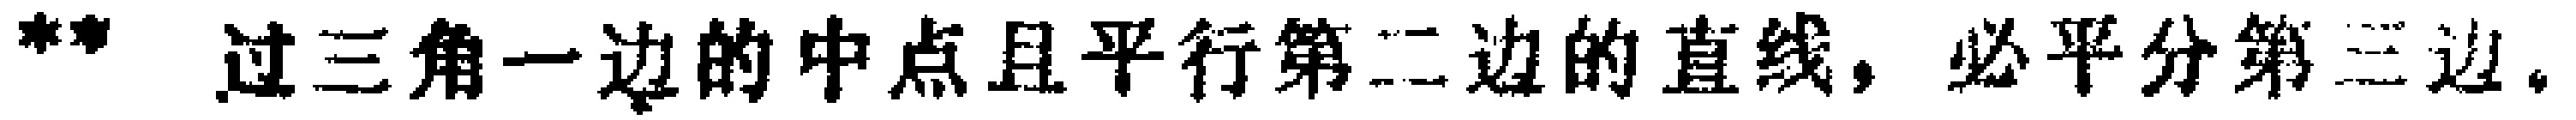
过三角一边的中点且平行第二边的直线，必平分第三边。